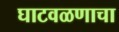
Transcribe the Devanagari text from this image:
घाटवळणाचा